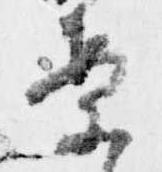
案